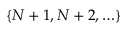
\{ N + 1 , N + 2 , \ldots \}